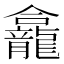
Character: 龕